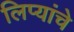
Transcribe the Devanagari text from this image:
लिप्यांचे